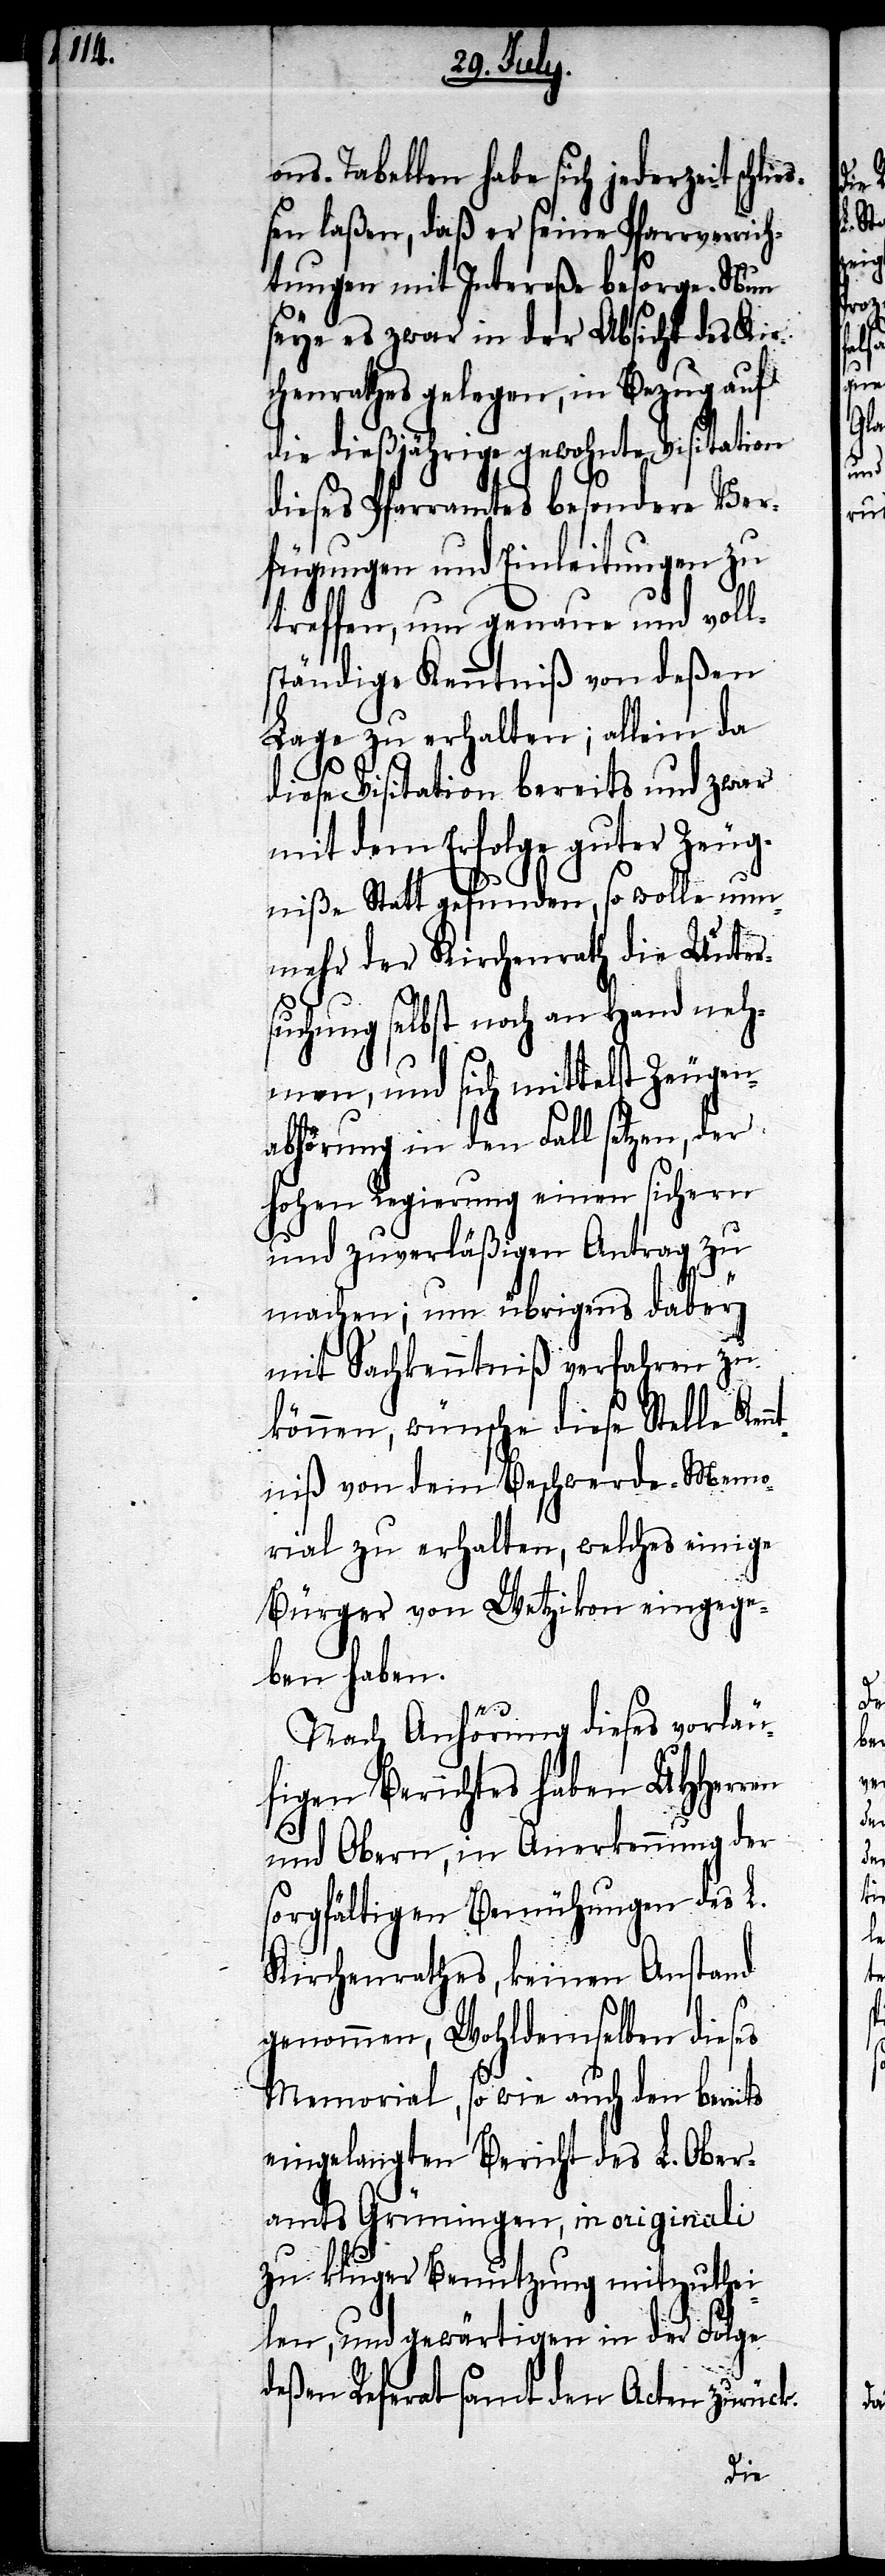
ons-Tabellen habe sich jederzeit schli¬
eßen laßen, daß er seine Pfarrverrich¬
tungen mit Intereße besorge. Nun
seye es zwar in der Absicht des Kir¬
chenrathes gelegen, in Bezug auf
die dießjährige gewohnte Visitation
dieses Pfarramtes besondere Ver¬
fügungen und Einleitungen zu
treffen, um genaue und voll¬
ständige Kenntniß von deßen
Lage zu erhalten; allein da
diese Visitation bereits und zwar
mit dem Erfolge guter Zeug¬
niße Statt gefunden, so wolle nun¬
mehr der Kirchenrath die Unter¬
suchung selbst noch an Hand neh¬
men, und sich mittelst Zeugen¬
abhörung in den Fall setzen, der
Hohen Regierung einen sichern
und zuverläßigen Antrag zu
machen; um übrigens dabey
mit Sachkenntniß verfahren zu
können, wünsche diese Stelle Ken¬
ntniß von dem Beschwerde-Memo¬
rial zu erhalten, welches einige
Bürger von Wetzikon eingegan¬
gen haben.
Nach Anhörung dieses vorläu¬
figen Berichtes haben UHHerren
und Obern, in Anerkennung der
sorgfältigen Bemühungen des L.
Kirchenrathes, keinen Anstand
genommen, Wohldemselben dieses
Memorial, so wie auch den bereits
eingelangten Bericht des L. Ober¬
amts Grüningen, in originali
zu kluger Benutzung mitzuthei¬
len, und gewärtigen in der Folge
deßen Referat samt den Acten zurück.